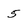
Character: 5